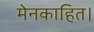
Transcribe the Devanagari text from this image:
मेनकाहित।